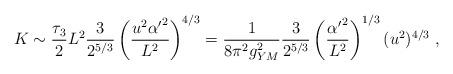
LaTeX: \begin{align*}K \sim \frac{\tau_3}{2} L^2 \frac{3}{2^{5/3}} \left(\frac{u^2 {\alpha'}^2}{L^2}\right)^{4/3} = \frac{1}{8 \pi^2 g_{YM}^2} \frac{3}{2^{5/3}} \left(\frac{{\alpha'}^2}{L^2}\right)^{1/3} (u^2)^{4/3} \ ,\end{align*}